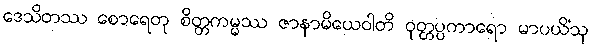
ဒေသိတဿ စောရေတု စိတ္တကမ္မဿ ဇာနာမိယေဝါတိ ဝုတ္တပ္ပကာရော မာပယိံသု